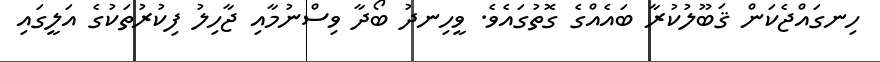
ހިނގައްޖެކަން ޤަބޫލުކުރާ ބައެއްގެ ގޮތުގައެވެ. ވީހިނދު ބޯދާ ވިސްނުމާއި ޖާހިލު ފިކުރުތަކުގެ އަލީގައި